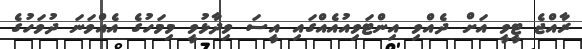
ރާއްޖެ ޓީވީ އަށް ދެއްވި އިންޓަވިއުއެއްގައި އީސަ ވިދާޅުވީ މިމަހުގެ އެއްވަނަ ދުވަހުގެ